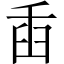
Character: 臿